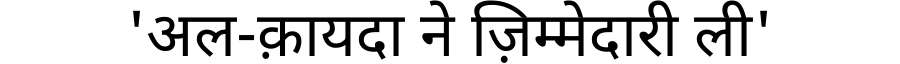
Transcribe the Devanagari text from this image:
'अल-क़ायदा ने ज़िम्मेदारी ली'